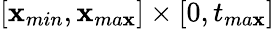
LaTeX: [\mathbf{x}_{min},\mathbf{x}_{ma\mathbf{x}}]\times[0,t_{ma\mathbf{x}}]